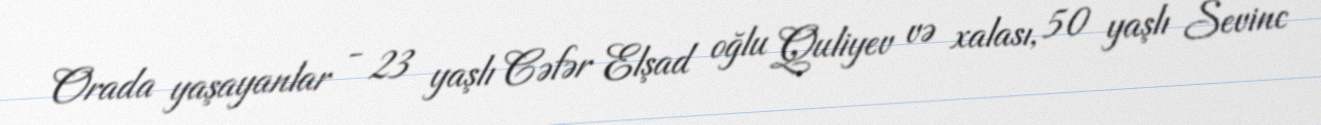
Orada yaşayanlar - 23 yaşlı Cəfər Elşad oğlu Quliyev və xalası, 50 yaşlı Sevinc